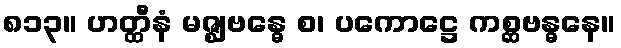
၈၁၃။ ဟတ္ထီနံ မဇ္ဈဗန္ဓေ စ၊ ပကောဋ္ဌေ ကစ္ဆဗန္ဓနေ။